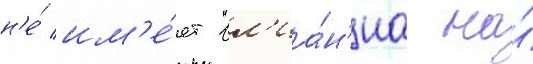
н'е́ им'е́ет вл'иа́н'иа на́